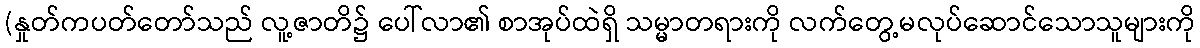
(နှုတ်ကပတ်တော်သည် လူ့ဇာတိ၌ ပေါ်လာ၏ စာအုပ်ထဲရှိ သမ္မာတရားကို လက်တွေ့မလုပ်ဆောင်သောသူများကို